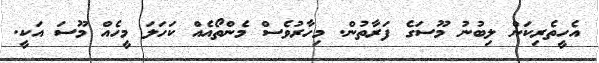
އެހީތެރިކަން ލިބުނު މޫސަގެ ފަރާތުން. މިހާރުވެސް މެންތޯއެއް ކަހަލަ މީހެއް މޫސަ އަކީ.